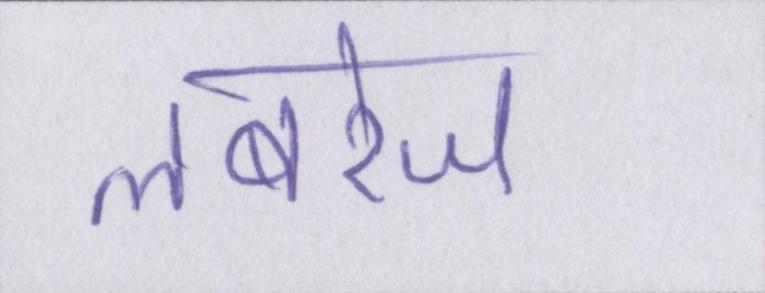
लबरेज